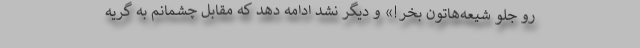
رو جلو شیعه‌هاتون بخر!» و دیگر نشد ادامه دهد که مقابل چشمانم به گریه